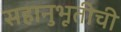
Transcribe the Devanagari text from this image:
सहानुभूतीची